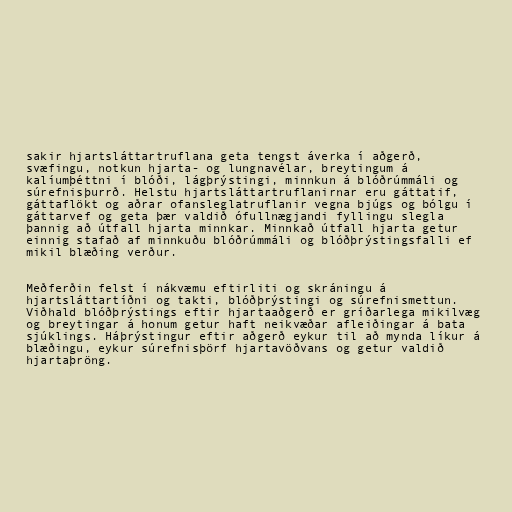
sakir hjartsláttartruflana geta tengst áverka í aðgerð,
svæfingu, notkun hjarta- og lungnavélar, breytingum á
kalíumþéttni í blóði, lágþrýstingi, minnkun á blóðrúmmáli og
súrefnisþurrð. Helstu hjartsláttartruflanirnar eru gáttatif,
gáttaflökt og aðrar ofansleglatruflanir vegna bjúgs og bólgu í
gáttarvef og geta þær valdið ófullnægjandi fyllingu slegla
þannig að útfall hjarta minnkar. Minnkað útfall hjarta getur
einnig stafað af minnkuðu blóðrúmmáli og blóðþrýstingsfalli ef
mikil blæðing verður.

Meðferðin felst í nákvæmu eftirliti og skráningu á
hjartsláttartíðni og takti, blóðþrýstingi og súrefnismettun.
Viðhald blóðþrýstings eftir hjartaaðgerð er gríðarlega mikilvæg
og breytingar á honum getur haft neikvæðar afleiðingar á bata
sjúklings. Háþrýstingur eftir aðgerð eykur til að mynda líkur á
blæðingu, eykur súrefnisþörf hjartavöðvans og getur valdið
hjartaþröng.